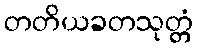
တတိယခတသုတ္တံ